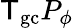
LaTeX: {\sf T}_{\mathrm{gc}}P_{\phi}